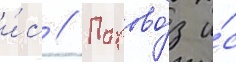
и́с // Парово́з и́с